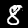
Digit: 8